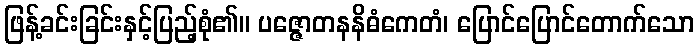
ဖြန့်ခင်းခြင်းနှင့်ပြည့်စုံ၏။ ပဇ္ဇောတနနိဓံကေတံ၊ ပြောင်ပြောင်တောက်သော